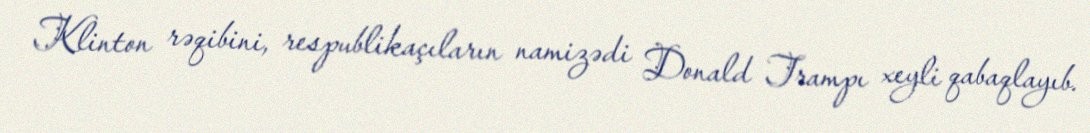
Klinton rəqibini, respublikaçıların namizədi Donald Trampı xeyli qabaqlayıb.